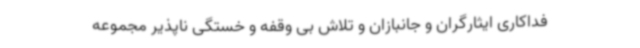
فداکاری ایثارگران و جانبازان و تلاش بی وقفه و خستگی ناپذیر مجموعه